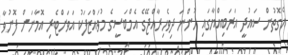
އެގޮތުން ސައުދީ އަރަބިއްޔާގައި ހުންނަ ދިވެހިރާއްޖޭގެ އެމްބަސީގެ މުވައްޒަފަކު އަވަށްޓެރި އޮމާނަށް ފޮނުވާ